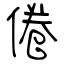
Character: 倦